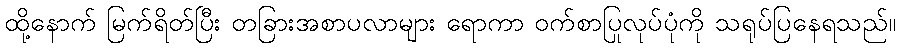
ထို့နောက် မြက်ရိတ်ပြီး တခြားအစာပလာများ ရောကာ ဝက်စာပြုလုပ်ပုံကို သရုပ်ပြနေရသည်။